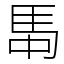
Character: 𮩸